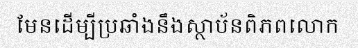
មែនដើម្បីប្រឆាំងនឹងស្ថាប័នពិភពលោក